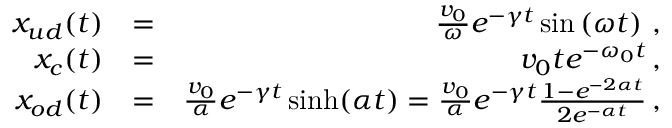
\begin{array} { r l r } { x _ { u d } ( t ) } & { = } & { \frac { v _ { 0 } } { \omega } e ^ { - \gamma t } \sin \left( \omega t \right) \, , } \\ { x _ { c } ( t ) } & { = } & { v _ { 0 } t e ^ { - \omega _ { 0 } t } \, , } \\ { x _ { o d } ( t ) } & { = } & { \frac { v _ { 0 } } { \alpha } e ^ { - \gamma t } \sinh ( \alpha t ) = \frac { v _ { 0 } } { \alpha } e ^ { - \gamma t } \frac { 1 - e ^ { - 2 \alpha t } } { 2 e ^ { - \alpha t } } \, , } \end{array}